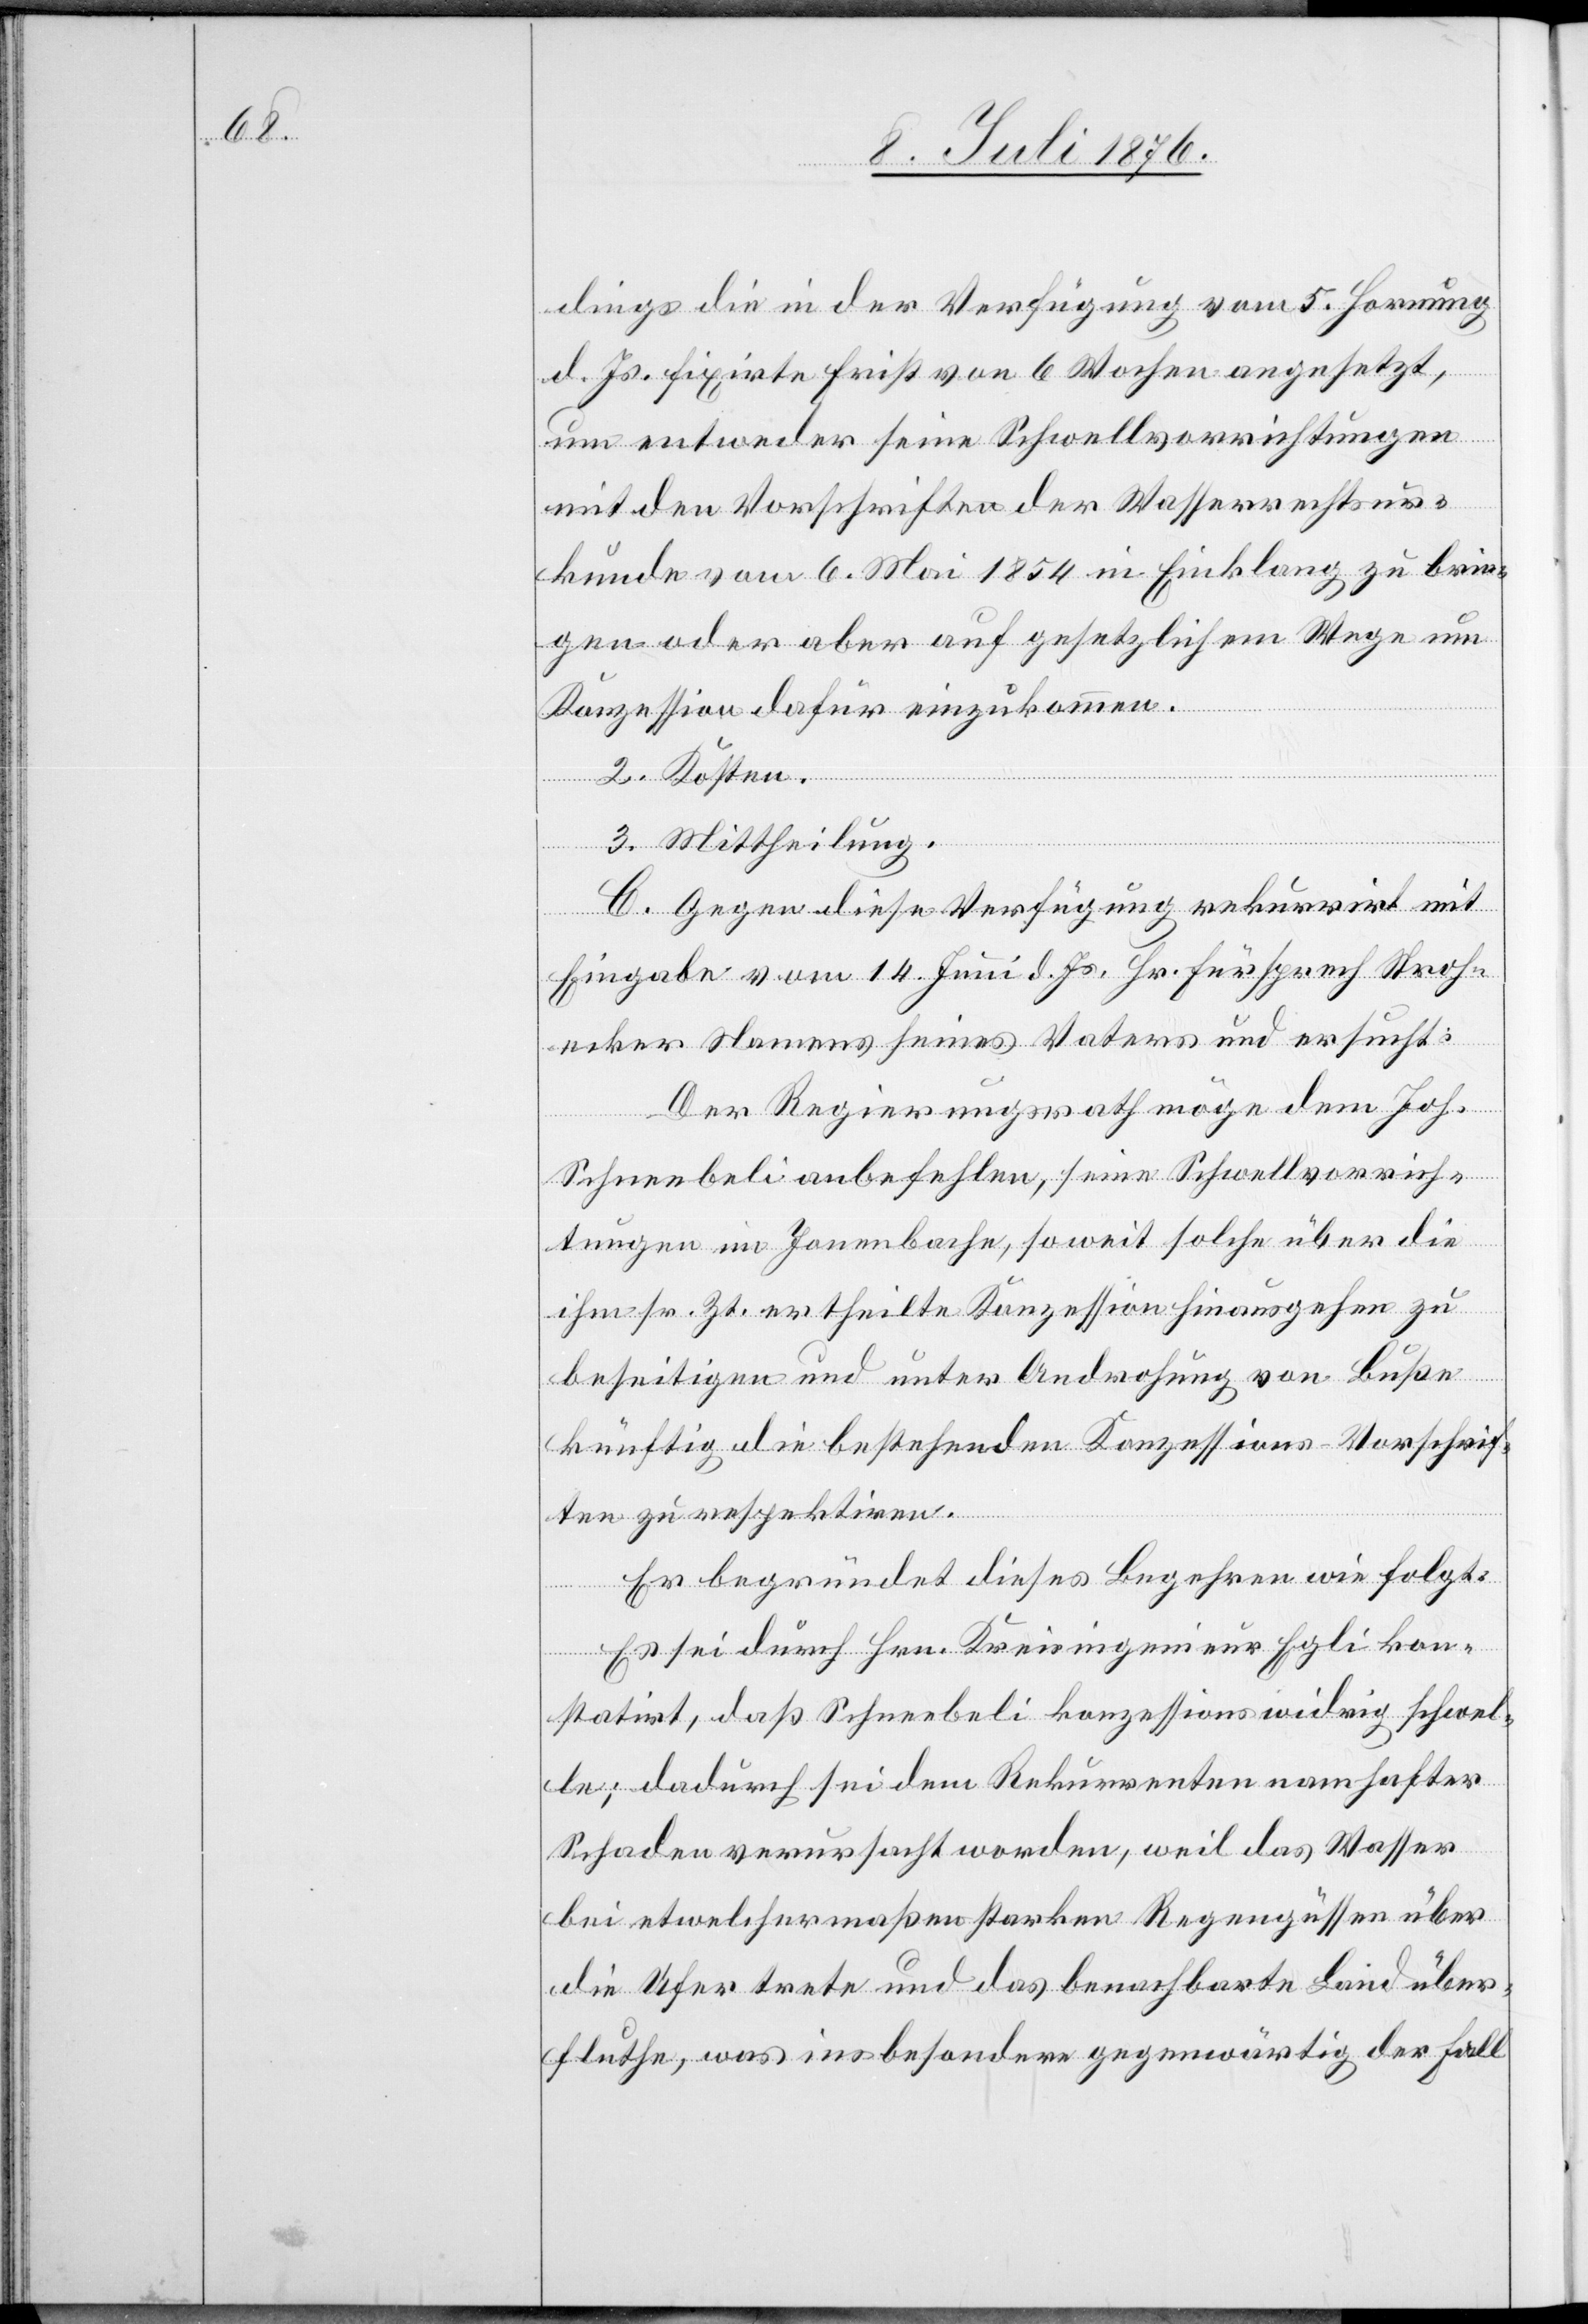
dings die in der Verfügung vom 5. Hornung
d. Js. fixirte Frist von 6 Wochen angesetzt,
um entweder seine Schwellvorrichtungen
mit den Vorschriften der Wasserrechtsur¬
kunde vom 6. Mai 1854 in Einklang zu brin¬
gen oder aber auf gesetzlichem Wege um
Konzession dafür einzukommen.
2. Kosten.
3 Mittheilung.
C. Gegen diese Verfügung rekurrirt mit
Eingabe vom 14. Juni d. Js. Hr. Fürsprech Stroh¬
ecker Namens seines Vaters und ersucht:
Der Regierungsrath möge dem Joh.
Schneebeli anbefehlen, seine Schwellvorrich¬
tungen im Jonenbache, soweit solche über die
ihm sr. Zt. ertheilte Konzession hinausgehen zu
beseitigen und unter Androhung von Buße
künftig die bestehenden Konzessions-Vorschrif¬
ten zu respektiren.
Er begründet dieses Begehren wie folgt:
Es sei durch Hrn. Kreisingenieur Egli kon¬
statirt, das Schneebeli konzessionswidrig schwel¬
le; dadurch sei dem Rekurrenten namhafter
Schaden vorursacht worden, weil das Wasser
bei etwelchermaßen starken Regengüssen über
die Ufer treten und das benachbarte Land über¬
fluthe, was insbesondere gegenwärtig der Fall